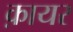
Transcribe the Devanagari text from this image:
क़ायर